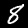
Digit: 8